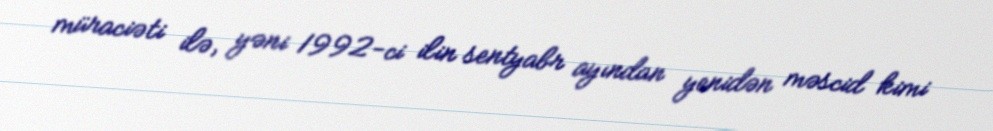
müraciəti ilə, yəni 1992-ci ilin sentyabr ayından yenidən məscid kimi